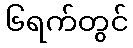
၆ရက်တွင်